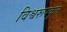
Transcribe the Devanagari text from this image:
विश्वरूपकृत